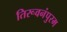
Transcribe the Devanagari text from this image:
तिरूवनंपुरम